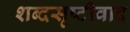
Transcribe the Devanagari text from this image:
शब्दसृष्टीवाद